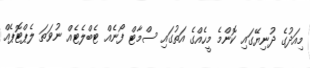
މިއަދުގެ ދުނިޔޭގައި ކޮންމެ މީހެއްގެ އަތުގައި ސްމާޓް ފޯނެއް ޓެބްލެޓެއް ނުވަތަ ލެޕްޓޮޕެއް